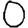
Digit: 0